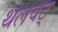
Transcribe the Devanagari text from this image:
थलवट्